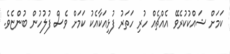
ކަމަށް ޝައްކުކުރެވޭ އެއްޗެއް ހުރި ހަތަރު ފުޅިއަކާއެކު ކަމަށް ވެސް ފުލުހުން ބުންޏެވެ.